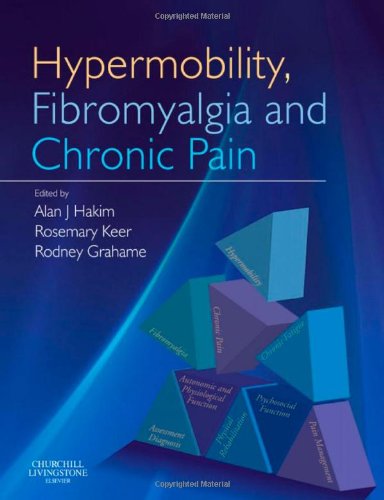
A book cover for Hypermobility, Fibromyalgia and Chronic Pain, 1e; Health, Fitness & Dieting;